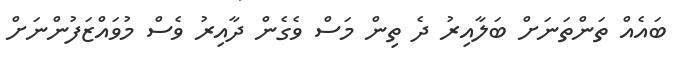
ބައެއް ތަންތަނަށް ބަލާއިރު ދެ ތިން މަސް ވެގެން ދާއިރު ވެސް މުވައްޒަފުންނަށް